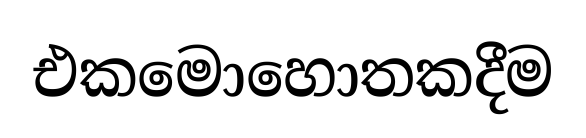
එකමොහොතකදීම